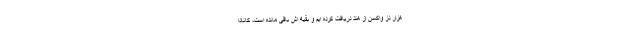
هزار دز واکسن از هند دریافت کرده ایم و بقیه اش باقی مانده است، کانادا